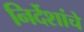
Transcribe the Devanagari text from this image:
निर्देशांचे